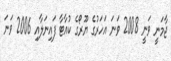
ޖާމަނީ ވަނީ 2008 ވަނަ އަހަރުގެ ޔޫރޯގެ ކުއާޓާ ފައިނަލާއި 2006 ވަނަ